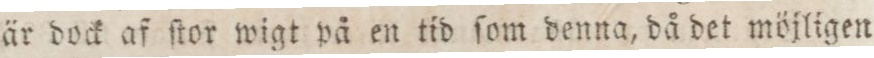
är dock af ſtor wigt på en tid ſom denna, då det möjligen